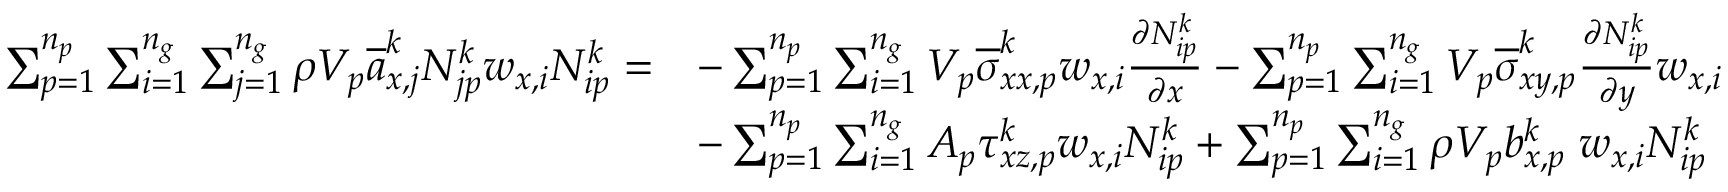
\begin{array} { r l } { \sum _ { p = 1 } ^ { n _ { p } } \sum _ { i = 1 } ^ { n _ { g } } \sum _ { j = 1 } ^ { n _ { g } } \rho V _ { p } \overline { { a } } _ { x , j } ^ { k } N _ { j p } ^ { k } w _ { x , i } N _ { i p } ^ { k } = } & { - \sum _ { p = 1 } ^ { n _ { p } } \sum _ { i = 1 } ^ { n _ { g } } V _ { p } \overline { { \sigma } } _ { x x , p } ^ { k } w _ { x , i } \frac { \partial N _ { i p } ^ { k } } { \partial x } - \sum _ { p = 1 } ^ { n _ { p } } \sum _ { i = 1 } ^ { n _ { g } } V _ { p } \overline { { \sigma } } _ { x y , p } ^ { k } \frac { \partial N _ { i p } ^ { k } } { \partial y } w _ { x , i } } \\ & { - \sum _ { p = 1 } ^ { n _ { p } } \sum _ { i = 1 } ^ { n _ { g } } A _ { p } \tau _ { x z , p } ^ { k } w _ { x , i } N _ { i p } ^ { k } + \sum _ { p = 1 } ^ { n _ { p } } \sum _ { i = 1 } ^ { n _ { g } } \rho V _ { p } b _ { x , p } ^ { k } \; w _ { x , i } N _ { i p } ^ { k } } \end{array}